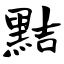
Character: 黠